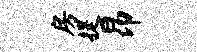
房提昂